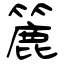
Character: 簏